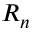
R _ { n }